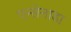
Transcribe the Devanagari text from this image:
एन्सेनाडा